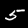
Digit: 5